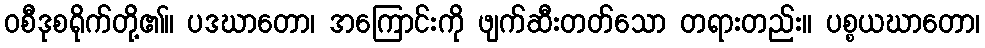
ဝစီဒုစရိုက်တို့၏။ ပဒဃာတော၊ အကြောင်းကို ဖျက်ဆီးတတ်သော တရားတည်း။ ပစ္စယဃာတော၊